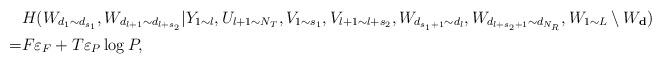
LaTeX: \begin{align*}&H(W_{d_1\sim d_{s_1}},W_{d_{l+1}\sim d_{l+s_2}}|Y_{1\sim l},U_{l+1\sim N_T},V_{1\sim s_1}, V_{l+1\sim l+s_2},W_{d_{s_1+1}\sim d_{l}},W_{d_{l+s_2+1}\sim d_{N_R}},W_{1\sim L}\setminus W_\mathbf{d})\\=&F\varepsilon_F+T\varepsilon_P\log P,\end{align*}